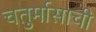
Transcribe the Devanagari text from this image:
चतुर्मासाची